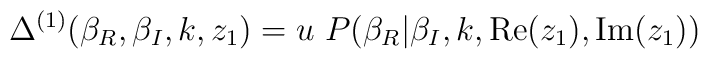
\Delta^{(1)}(\beta_R, \beta_I, k, z_1) = u ~ P(\beta_R|\beta_I, k,{\rm Re}(z_{1}),{\rm Im}(z_{1}))